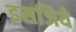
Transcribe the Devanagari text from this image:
इसजिये